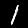
Label: 1